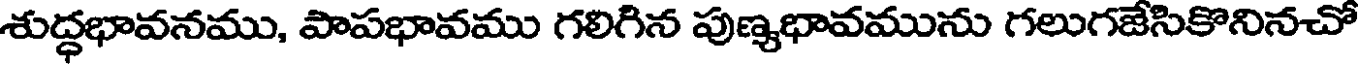
శుద్ధభావనము, పాపభావము గలిగిన పుణ్యభావమును గలుగజేసికొనినచో